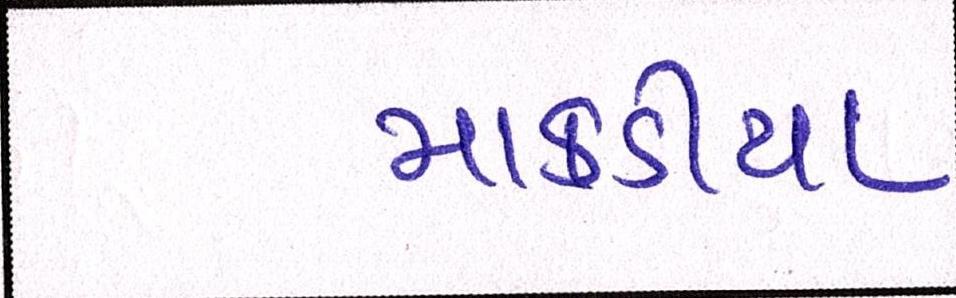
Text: માકડીયા